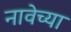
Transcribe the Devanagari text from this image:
नावेच्या